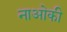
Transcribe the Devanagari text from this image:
नाओकी